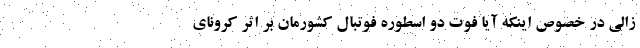
زالی در خصوص اینکه آیا فوت دو اسطوره فوتبال کشورمان بر اثر کرونای